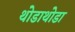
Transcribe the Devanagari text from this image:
थोडाथोडा